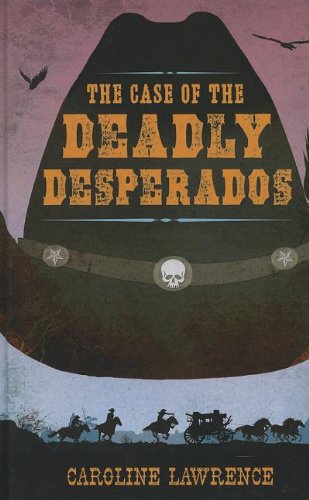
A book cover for The Case Of The Deadly Desperados (Western Mysteries); Caroline Lawrence; Teen & Young Adult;